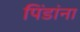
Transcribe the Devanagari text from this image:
पिंडांना